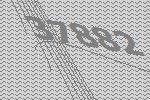
37882